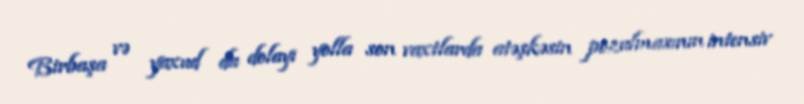
Birbaşa və yaxud da dolayı yolla son vaxtlarda atəşkəsin pozulmasının intensiv